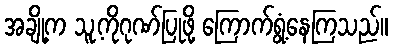
အချို့က သူ့ကိုဂုဏ်ပြုဖို့ ကြောက်ရွံ့နေကြသည်။